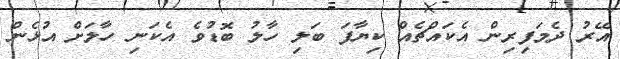
އޭރު ދެމަފިރިން އެކައްޗެއް ކިޔާފަ ބަލި ހާލު ބޮޑުވެ އެކަނި ހާލަށް އުޅެން